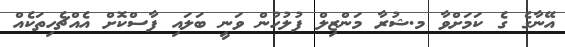
އޭނާގެ ގެ ކަމަށްވާ މ.ޝުރާ މަންޒިލް ފުލުހުން ވަނީ ބަލައި ފާސްކޮށް އެއްޗެހިތަކެއް